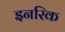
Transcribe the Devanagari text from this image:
इनरिक